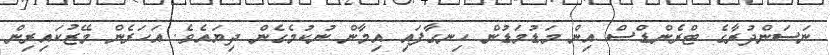
ނަސަންދުރާގެ ޓްރެންޑްސް އިން މަޑުމަޑުން ހިނގާފައި އިމާން ނުކުމެގެން ދިޔައެވެ. އަހަރެން މޭޒުކައިރިން